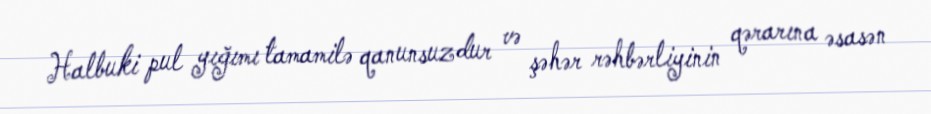
Halbuki pul yığımı tamamilə qanunsuzdur və şəhər rəhbərliyinin qərarına əsasən